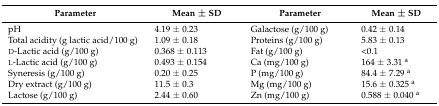
| Parameter | Mean ± SD | Parameter | Mean ± SD |
 | --- | --- | --- | --- |
 | pH | 4.19 ± 0.23 | Galactose (g/100 g) | 0.42 ± 0.14 |
 | Total acidity (g lactic acid/100 g) | 1.09 ± 0.18 | Proteins (g/100 g) | 5.83 ± 0.13 |
 | d-Lactic acid (g/100 g) | 0.368 ± 0.113 | Fat (g/100 g) | <0.1 |
 | l-Lactic acid (g/100 g) | 0.493 ± 0.154 | Ca (mg/100 g) | 164 ± 3.31 a |
 | Syneresis (g/100 g) | 0.20 ± 0.25 | P (mg/100 g) | 84.4 ± 7.29 a |
 | Dry extract (g/100 g) | 11.5 ± 0.3 | Mg (mg/100 g) | 15.6 ± 0.325 a |
 | Lactose (g/100 g) | 2.44 ± 0.60 | Zn (mg/100 g) | 0.588 ± 0.040 a |